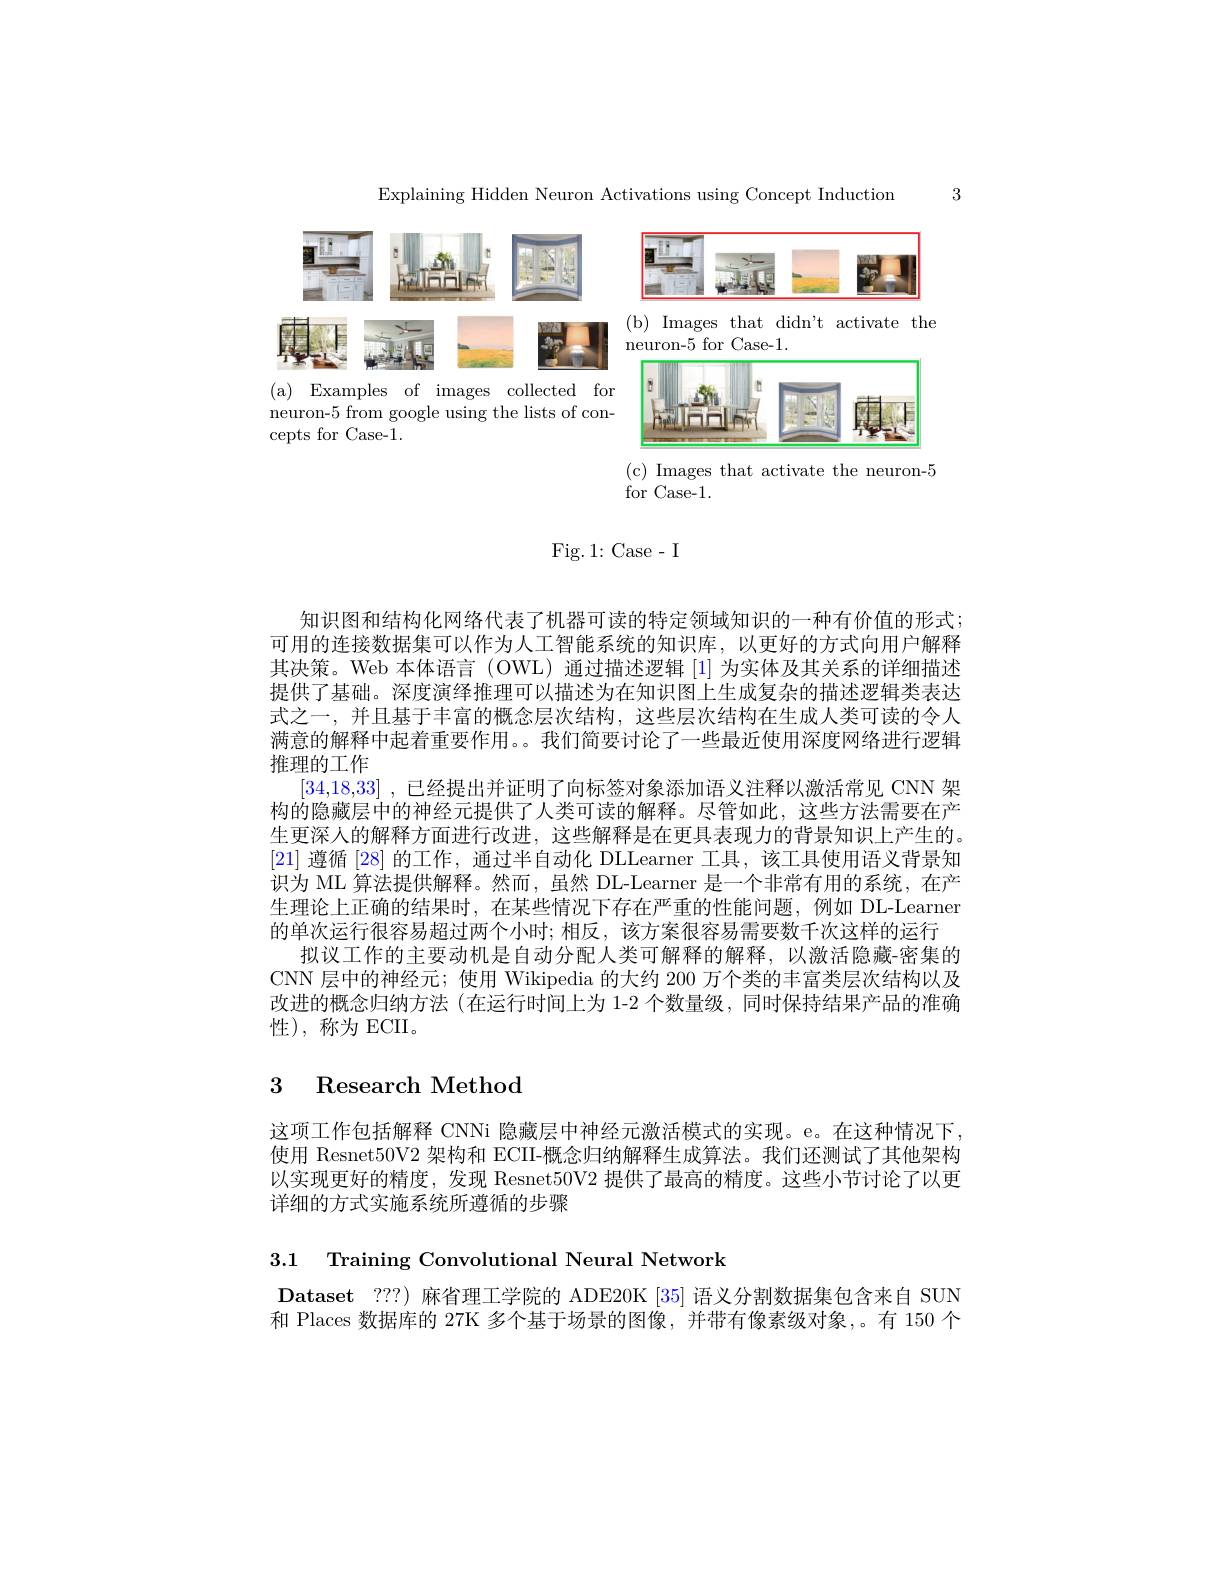
3

Explaining Hidden Neuron Activations using Concept Induction

<FigureHere>

<FigureHere>

(c) Images that activate the neuron-5

( a) Examples of images collected for neuron-5 from google using the lists of concepts for Case-1.

for Case-1.

Fig. 1: Case- I

知识图和结构化网络代表了机器可读的特定领域知识的一种有价值的形式： 可用的连接数据集可以作为人工智能系统的知识库，以更好的方式向用户解释其决策。Web 本体语言 (OWL) 通过描述逻辑[1]为实体及其关系的详细描述提供了基础。深度演绎推理可以描述为在知识图上生成复杂的描述逻辑类表达式之一，并且基于丰富的概念层次结构，这些层次结构在生成人类可读的令人满意的解释中起着重要作用。。我们简要讨论了一些最近使用深度网络进行逻辑推理的工作
[34,18,33] ,已经提出并证明了向标签对象添加语义注释以激活常见 CNN 架构的隐藏层中的神经元提供了人类可读的解释。尽管如此，这些方法需要在产生更深入的解释方面进行改进，这些解释是在更具表现力的背景知识上产生的。[21]遵循 [28] 的工作，通过半自动化 DLLearner 工具，该工具使用语义背景知识为 ML 算法提供解释。然而，虽然 DL-Learner 是一个非常有用的系统，在产生理论上正确的结果时，在某些情况下存在严重的性能问题，例如 DL-Learner 的单次运行很容易超过两个小时；相反，该方案很容易需要数千次这样的运行
拟议工作的主要动机是自动分配人类可解释的解释，以激活隐藏-密集的CNN 层中的神经元；使用 Wikipedia 的大约 200 万个类的丰富类层次结构以及改进的概念归纳方法 (在运行时间上为 1-2 个数量级，同时保持结果产品的准确性),称为ECII。

## 3 Research Method

这项工作包括解释 CNNi 隐藏层中神经元激活模式的实现。e。在这种情况下. 使用 Resnet50V2 架构和 ECII-概念归纳解释生成算法。我们还测试了其他架构以实现更好的精度，发现 Resnet50V2 提供了最高的精度。这些小节讨论了以更详细的方式实施系统所遵循的步骤

3.1 Training Convolutional Neural Network

$\textbf{Dataset ? ? ? ) 麻 省 理 工 学 院 的 ADE20K [ 35] 语 义 分 割 数 据 集 包 含 来 自 SUN}$ 和 Places 数据库的 27K 多个基于场景的图像，并带有像素级对象，。有 150 个